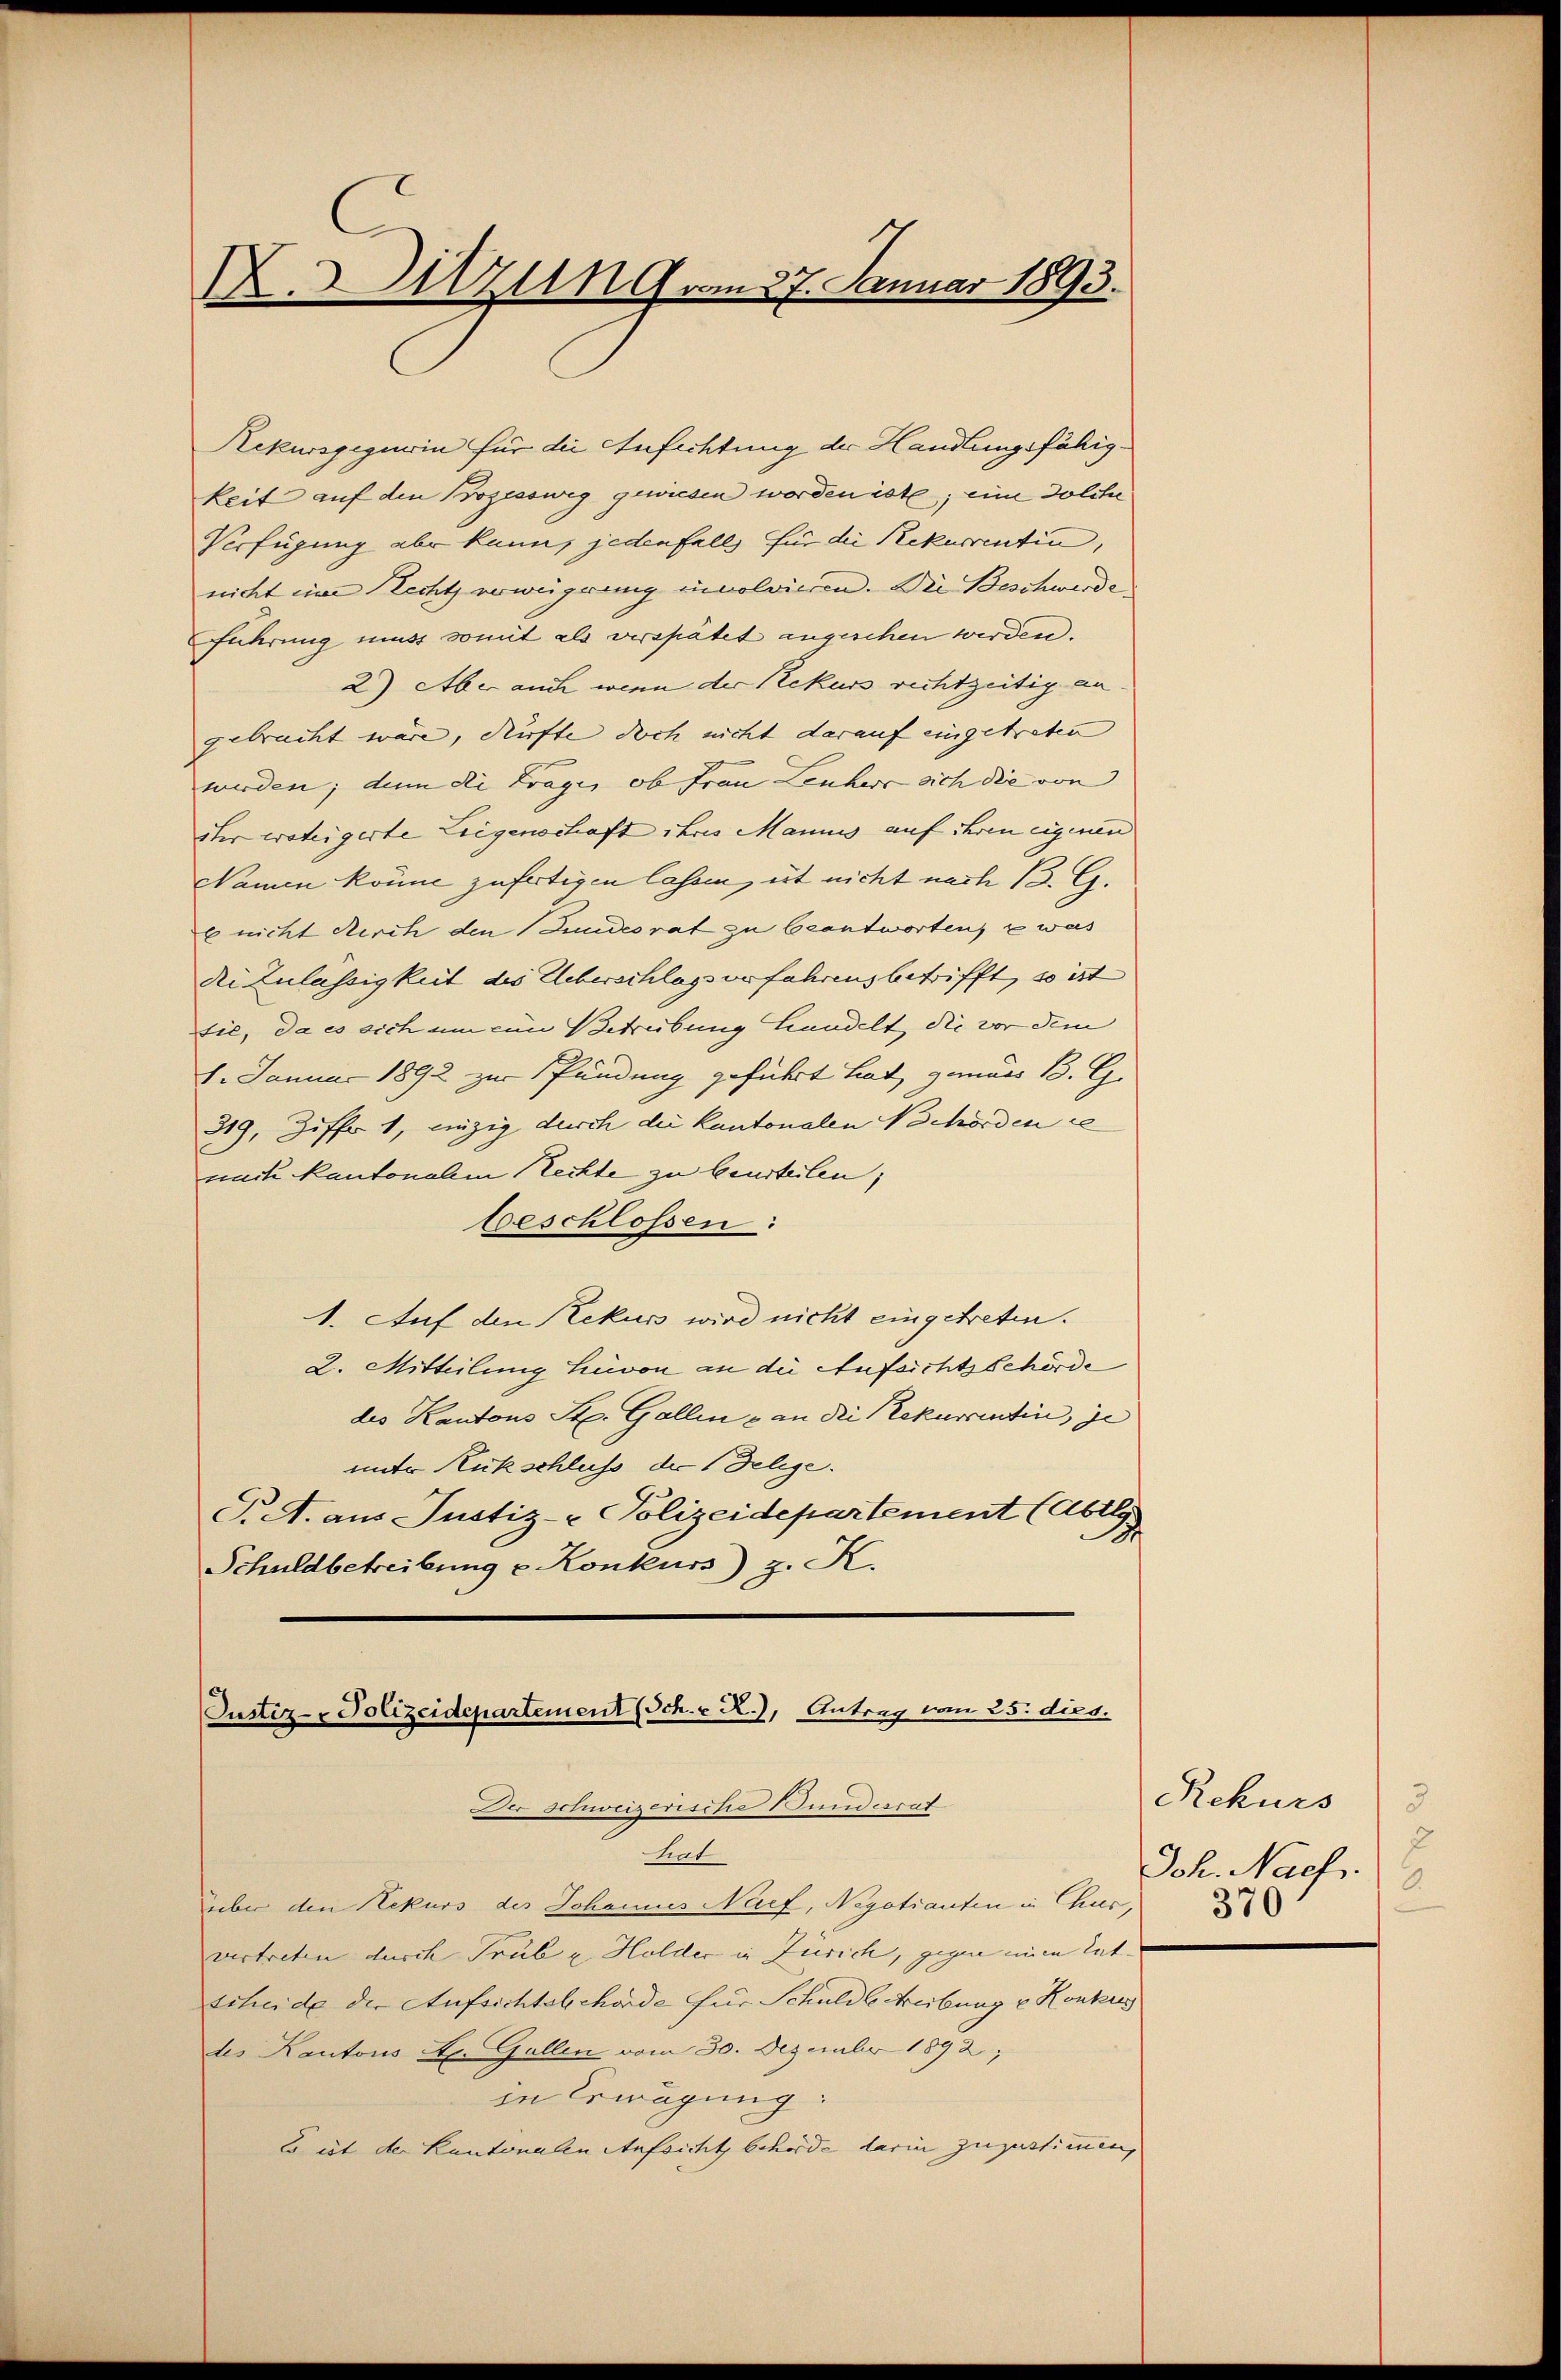
X. Sitzung vom 27. Januar 1893.

Rekursgegurin für die Anfechtung der Handlungsfähigkeit auf den Prozessweg gewiesen worden ist; eine Dolche
Verfügung aber kann, jedenfalls für die Rekurrentin,
nicht in Recht verweigerung insolvieren. Die Beschwerde
führung muss somit als verspätet angeschen werden.
2) Aber auch wenn der Rekurs rechtzeitig an
gebracht wäre, dürfte doch nicht darauf eingetreten
werden; dem die Frage, ob Frau Leuhere sich die von
iter wateigerte Leigenschaft ihres Mannis auf ihren eigenen
Namen könne zufertigen lassen, et nicht nach B. G.
b nicht durch den Fundesrat zu beantworten, was
de Zulassigkeit des Ueberschlagsverfahrens betrifft, so ist
tie, da es sich um ein Betreibung handelt, die vor dem
1. Januar 1892 zur Pfändung geführt hat, gemäss B. G
319, Ziffe 1, einzig durch die Kantonalen Nochörden re
nach kantonalem Rechte zu beurteilen,
beschlossen:
1. Auf den Rekurs wird nicht eingetreten.
2. Mitteilung hievon an die Aufsichtsbehörde
des Kantons St. Gallen & an die Rekurrentin, je
unter Rückschluss der Delege.
T. A. aus Justiz- Polizeidepartement (Abtey
Schuldbetreibung v. Konkurs) z. K.

Justiz-Polizeidepartement Sch. R., Antrag vom 25. dies.
Der Schweizerische Bundesrat
tiat
über den Rekurs des Johannes Nief, Negotianten in Chur,

vertreten durch Trüb u. Holder in Zürich, gegen einen Ent- |
scheide der Aufsichtsbehörde für Schuldbetreibung u Konkus
des Kantons A. Gallen vom 30. Dezember 1892,
in Erwägung:
Bist der Kantonalen Aufsicht behörde darin zuzustimmen,

Rekurs
3
7
Joh. Nach
370